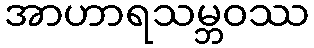
အာဟာရသမ္ဘဝဿ